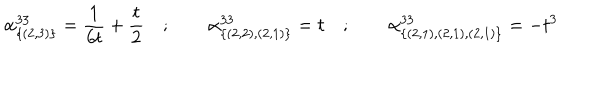
\alpha _ { \{ ( 2 , 3 ) \} } ^ { 3 3 } = \frac { 1 } { 6 t } + \frac { t } { 2 } \quad ; \qquad \alpha _ { \{ ( 2 , 2 ) , ( 2 , 1 ) \} } ^ { 3 3 } = t \quad ; \qquad \alpha _ { \{ ( 2 , 1 ) , ( 2 , 1 ) , ( 2 , 1 ) \} } ^ { 3 3 } = - t ^ { 3 }